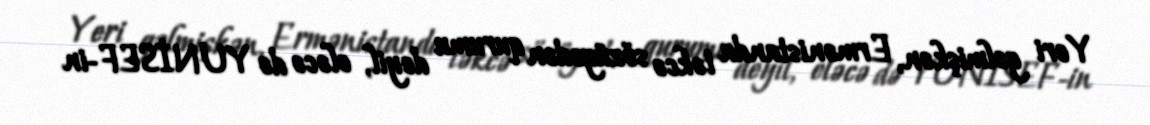
Yeri gəlmişkən, Ermənistanda təkcə sözügedən qurumu deyil, eləcə də YUNİSEF-in